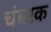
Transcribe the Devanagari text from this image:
चंबरक